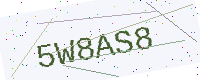
Text: 5W8AS8